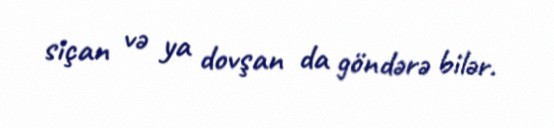
siçan və ya dovşan da göndərə bilər.